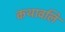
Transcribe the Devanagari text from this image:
कथावलि